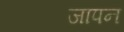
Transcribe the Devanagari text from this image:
जापन